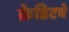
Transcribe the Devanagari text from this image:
क्रेडिटचे